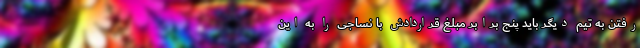
رفتن به تیم دیگر باید پنج برابر مبلغ قراردادش با نساجی را به این